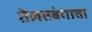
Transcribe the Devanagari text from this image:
तेलतवंगाचा